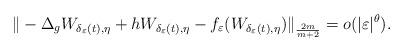
LaTeX: \begin{align*}\|-\Delta_{g}W_{\delta_{\varepsilon}(t),\eta}+hW_{\delta_{\varepsilon}(t),\eta}-f_{\varepsilon}(W_{\delta_{\varepsilon}(t),\eta})\|_{\frac{2m}{m+2}}=o(|\varepsilon|^{\theta}).\end{align*}